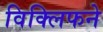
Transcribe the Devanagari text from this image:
विक्लिफने